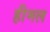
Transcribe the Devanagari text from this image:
हीमल